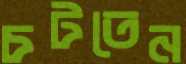
চটতেন